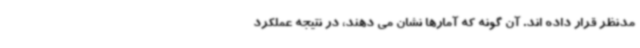
مدنظر قرار داده اند. آن گونه که آمارها نشان می دهند، در نتیجه عملکرد